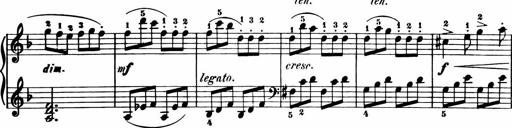
Title: 11 Sonatinas for Piano Solo
Composer: Anton Diabelli